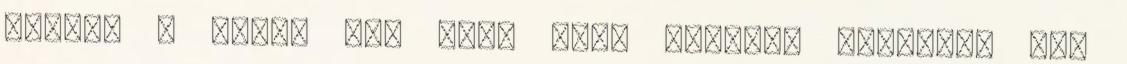
Serah. - látom én, hogy elég nehezen dolgozza fel